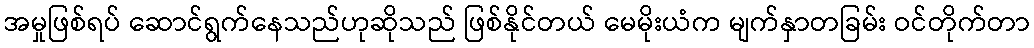
အမှုဖြစ်ရပ် ဆောင်ရွက်နေသည်ဟုဆိုသည် ဖြစ်နိုင်တယ် မေမိုးယံက မျက်နှာတခြမ်း ဝင်တိုက်တာ